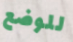
للوضع